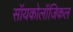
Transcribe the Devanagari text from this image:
सॉयकोलॉजिकल